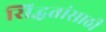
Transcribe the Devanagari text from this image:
सिद्धतांसाठी